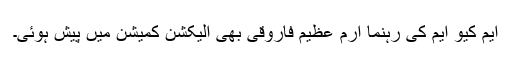
ایم کیو ایم کی رہنما ارم عظیم فاروقی بھی الیکشن کمیشن میں پیش ہوئی۔